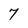
Character: 7